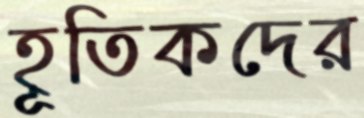
হূতিকদের